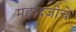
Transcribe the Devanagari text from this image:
महादजीचे